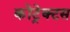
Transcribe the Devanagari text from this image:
कोंट्रेक्टस